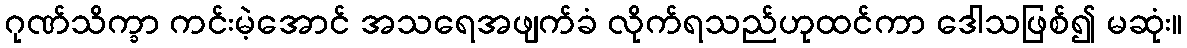
ဂုဏ်သိက္ခာ ကင်းမဲ့အောင် အသရေအဖျက်ခံ လိုက်ရသည်ဟုထင်ကာ ဒေါသဖြစ်၍ မဆုံး။